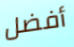
أفضل